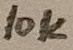
Text: 10K